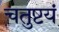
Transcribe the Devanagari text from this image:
चतुष्टयं